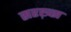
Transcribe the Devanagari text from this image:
सरख़्स